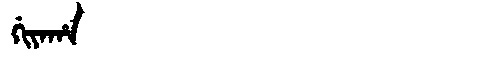
Manchu: ᡤᡳᠶᠠᡥᠠ
Romanization: GIYAHA